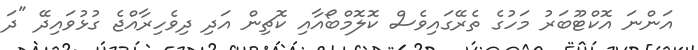
އަންނަ އޮކްޓޫބަރު މަހުގެ ތެރޭގައިވެސް ކޮލޮމްބޯއާއި ކޮޗިން އަދި ދިވެހިރާއްޖެ ގުޅުވައިދޭ "ދަ